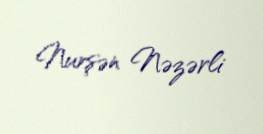
Nurşən Nəzərli